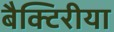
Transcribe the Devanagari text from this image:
बैक्टिरीया